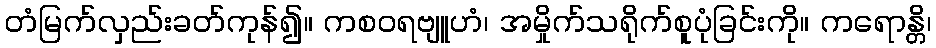
တံမြက်လှည်းခတ်ကုန်၍။ ကစဝရဗျူဟံ၊ အမှိုက်သရိုက်စူပုံခြင်းကို။ ကရောန္တိ၊